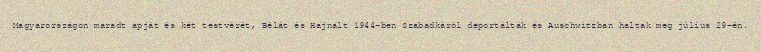
Magyarországon maradt apját és két testvérét, Bélát és Hajnalt 1944-ben Szabadkáról deportálták és Auschwitzban haltak meg július 29-én.